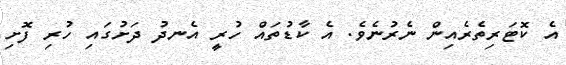
އެ ކޮޓަރިތެރެއިން ނެރުނެވެ. އެ ކާޑުތައް ހުރީ އެނދު ދަށުގައި ހުރި ފޮށި